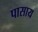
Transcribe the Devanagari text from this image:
पासाय